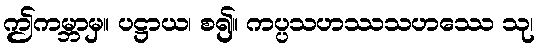
ဤကမ္ဘာမှ။ ပဋ္ဌာယ၊ စ၍။ ကပ္ပသဟဿသဟဿေ သု၊